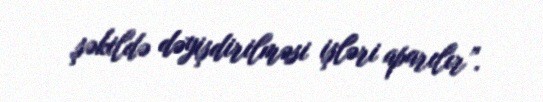
şəkildə dəyişdirilməsi işləri aparılır”.